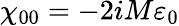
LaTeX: \chi_{00}=-2iM\varepsilon_{0}